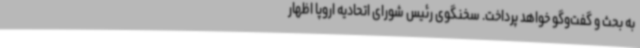
به بحث و گفت‌وگو خواهد پرداخت. سخنگوی رئیس شورای اتحادیه اروپا اظهار